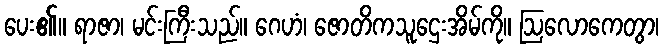
ပေး၏။ ရာဇာ၊ မင်းကြီးသည်။ ဂေဟံ၊ ဇောတိကသူဌေးအိမ်ကို။ ဩလောကေတွာ၊